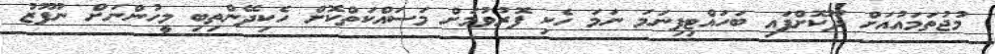
މުޖުތަމައުއަށް ދޫކޮށްފައި ބަހައްޓިފިނަމަ ނަމަ ހެކި ފޮރުވުމަށް މަސައްކަތްކޮށް ހެކިދޭންތިބި މީހުންނަށް ނުފޫޒު